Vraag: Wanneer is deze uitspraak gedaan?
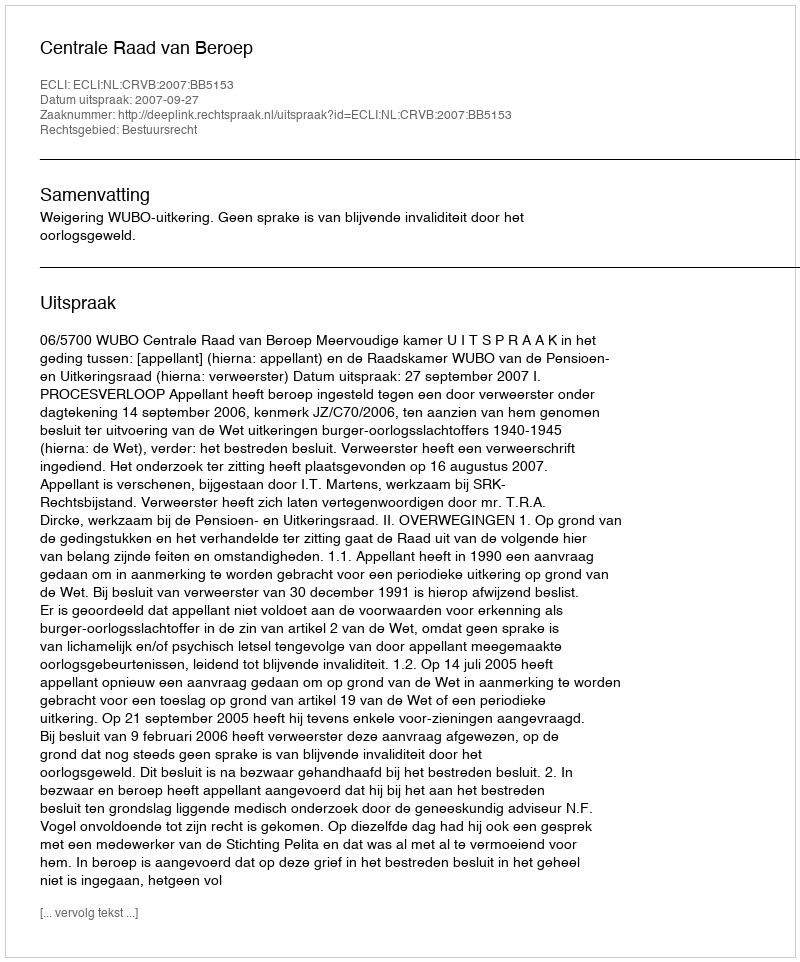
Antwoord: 2007-09-27